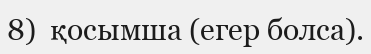
8)  қосымша (егер болса).